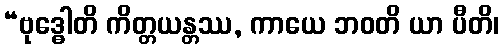
“ဗုဒ္ဓေါတိ ကိတ္တယန္တဿ, ကာယေ ဘဝတိ ယာ ပီတိ၊